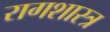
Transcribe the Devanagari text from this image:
रागशास्त्र